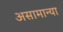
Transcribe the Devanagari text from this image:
असामान्या